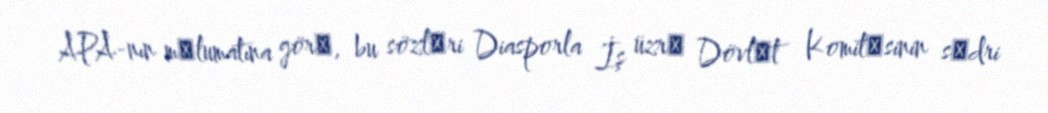
APA-nın mәlumatına görә, bu sözlәri Diasporla İş üzrә Dövlәt Komitәsinin sәdri